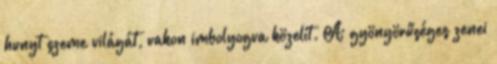
hunyt szeme világát, vakon imbolyogva közelít. A gyönyörűséges zenei